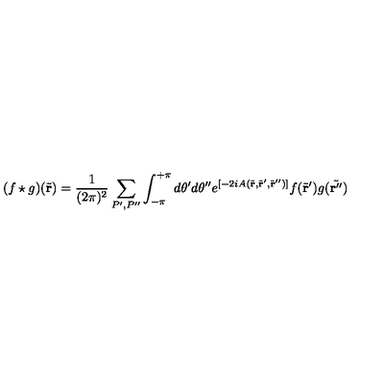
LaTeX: ( f \star g ) ( \tilde { \bf r } ) = \frac { 1 } { ( 2 \pi ) ^ { 2 } } \sum _ { P ^ { \prime } , P ^ { \prime \prime } } \int _ { - \pi } ^ { + \pi } d \theta ^ { \prime } d \theta ^ { \prime \prime } e ^ { [ - 2 i A ( \tilde { \bf r } , \tilde { \bf r } ^ { \prime } , \tilde { \bf r } ^ { \prime \prime } ) ] } f ( \tilde { \bf r } ^ { \prime } ) g ( \tilde { \bf r ^ { \prime \prime } } )